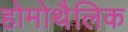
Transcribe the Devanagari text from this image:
होमोथैलिक